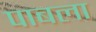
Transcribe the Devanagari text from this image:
पाबला